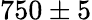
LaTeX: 750\pm 5